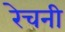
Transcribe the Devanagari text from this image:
रेचनी